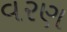
વરણ